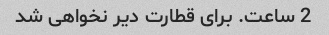
2 ساعت. برای قطارت دیر نخواهی شد